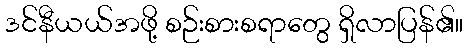
ဒင်နီယယ်အဖို့ စဉ်းစားစရာတွေ ရှိလာပြန်၏။